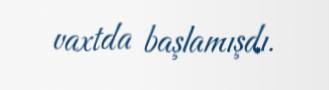
vaxtda başlamışdı.